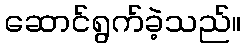
ဆောင်ရွက်ခဲ့သည်။